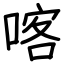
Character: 喀